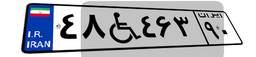
۹۱W۴۱۲۱۸